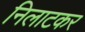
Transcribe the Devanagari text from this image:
निलाटकर